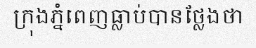
ក្រុងភ្នំពេញធ្លាប់បានថ្លែងថា